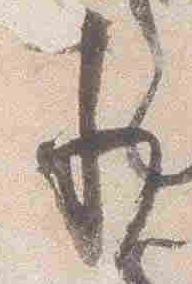
承